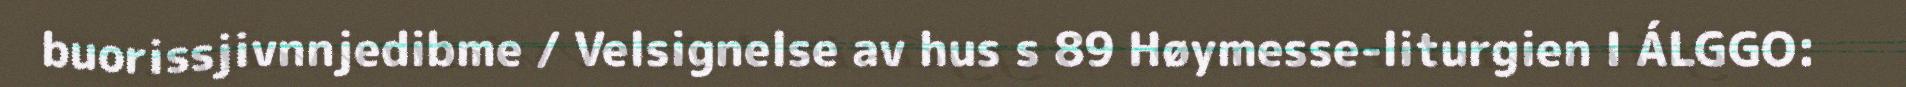
buorissjivnnjedibme / Velsignelse av hus s 89 Høymesse-liturgien I ÁLGGO: